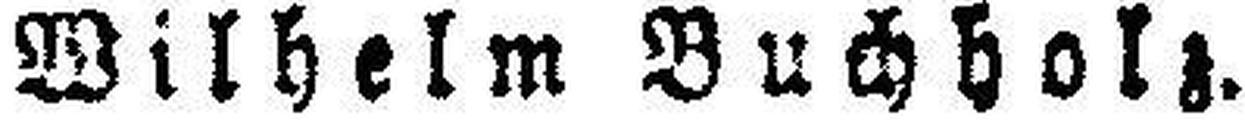
Wilhelm Buchholz.